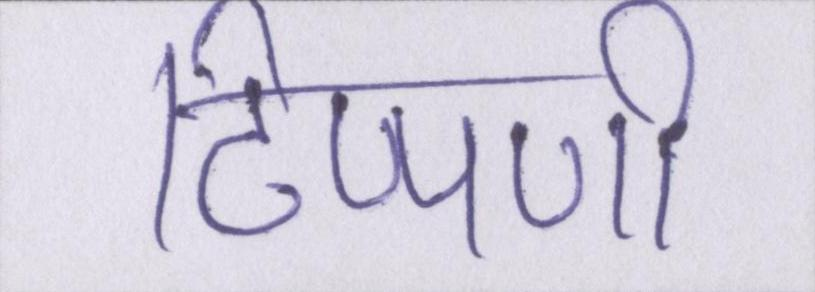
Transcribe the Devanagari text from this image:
टिप्पणी